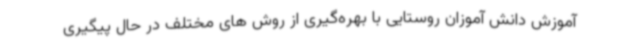
آموزش دانش آموزان روستایی با بهره‌گیری از روش های مختلف در حال پیگیری